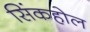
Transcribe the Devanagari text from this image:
सिंकहोल